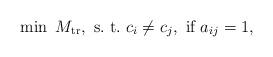
LaTeX: \begin{align*} \min \ M_{\rm tr}, \ {\rm s. \ t.} & \ c_i \neq c_j, \ \textrm{if} \ a_{ij} = 1,\end{align*}